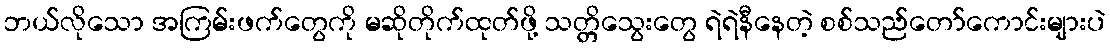
ဘယ်လိုသော အကြမ်းဖက်တွေကို မဆိုတိုက်ထုတ်ဖို့ သတ္တိသွေးတွေ ရဲရဲနီနေတဲ့ စစ်သည်တော်ကောင်းများပဲ